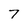
Character: 7